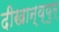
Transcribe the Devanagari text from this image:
दीखान्थ्युम्